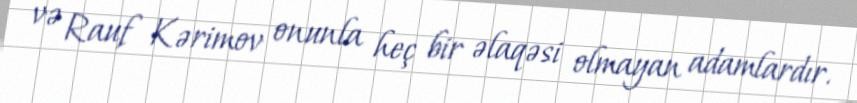
və Rauf Kərimov onunla heç bir əlaqəsi olmayan adamlardır.